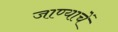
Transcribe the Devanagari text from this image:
जाण्याचें